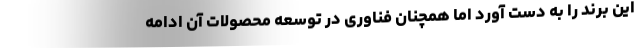
این برند را به دست آورد اما همچنان فناوری در توسعه محصولات آن ادامه